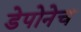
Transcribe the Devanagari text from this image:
डेपोनेच